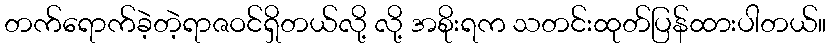
တက်ရောက်ခဲ့တဲ့ရာဇဝင်ရှိတယ်လို့ လို့ အစိုးရက သတင်းထုတ်ပြန်ထားပါတယ်။